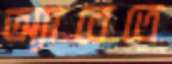
অ্যাবেতে